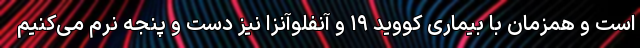
است و همزمان با بیماری کووید ۱۹ و آنفلوآنزا نیز دست و پنجه نرم می‌کنیم